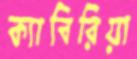
ক্যাবিরিয়া